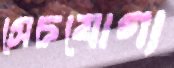
সেচযোগ্য